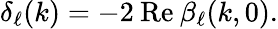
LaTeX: \delta_{\ell}(k)=-2\: \mathrm{Re}\: \beta_{\ell}(k,0).